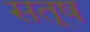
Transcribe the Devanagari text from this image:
सतूष